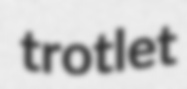
trotlet